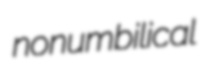
nonumbilical